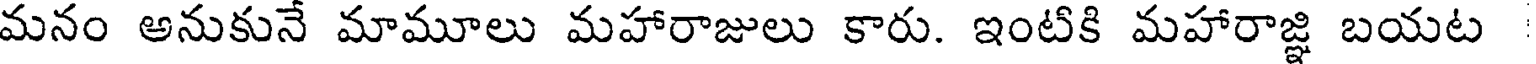
మనం అనుకునే మామూలు మహారాజులు కారు. ఇంటికి మహారాజ్ఞి బయట